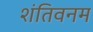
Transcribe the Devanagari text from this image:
शंतिवनम